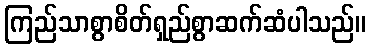
ကြည်သာစွာစိတ်ရှည်စွာဆက်ဆံပါသည်။